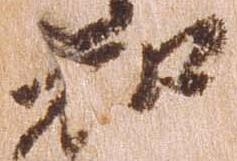
知